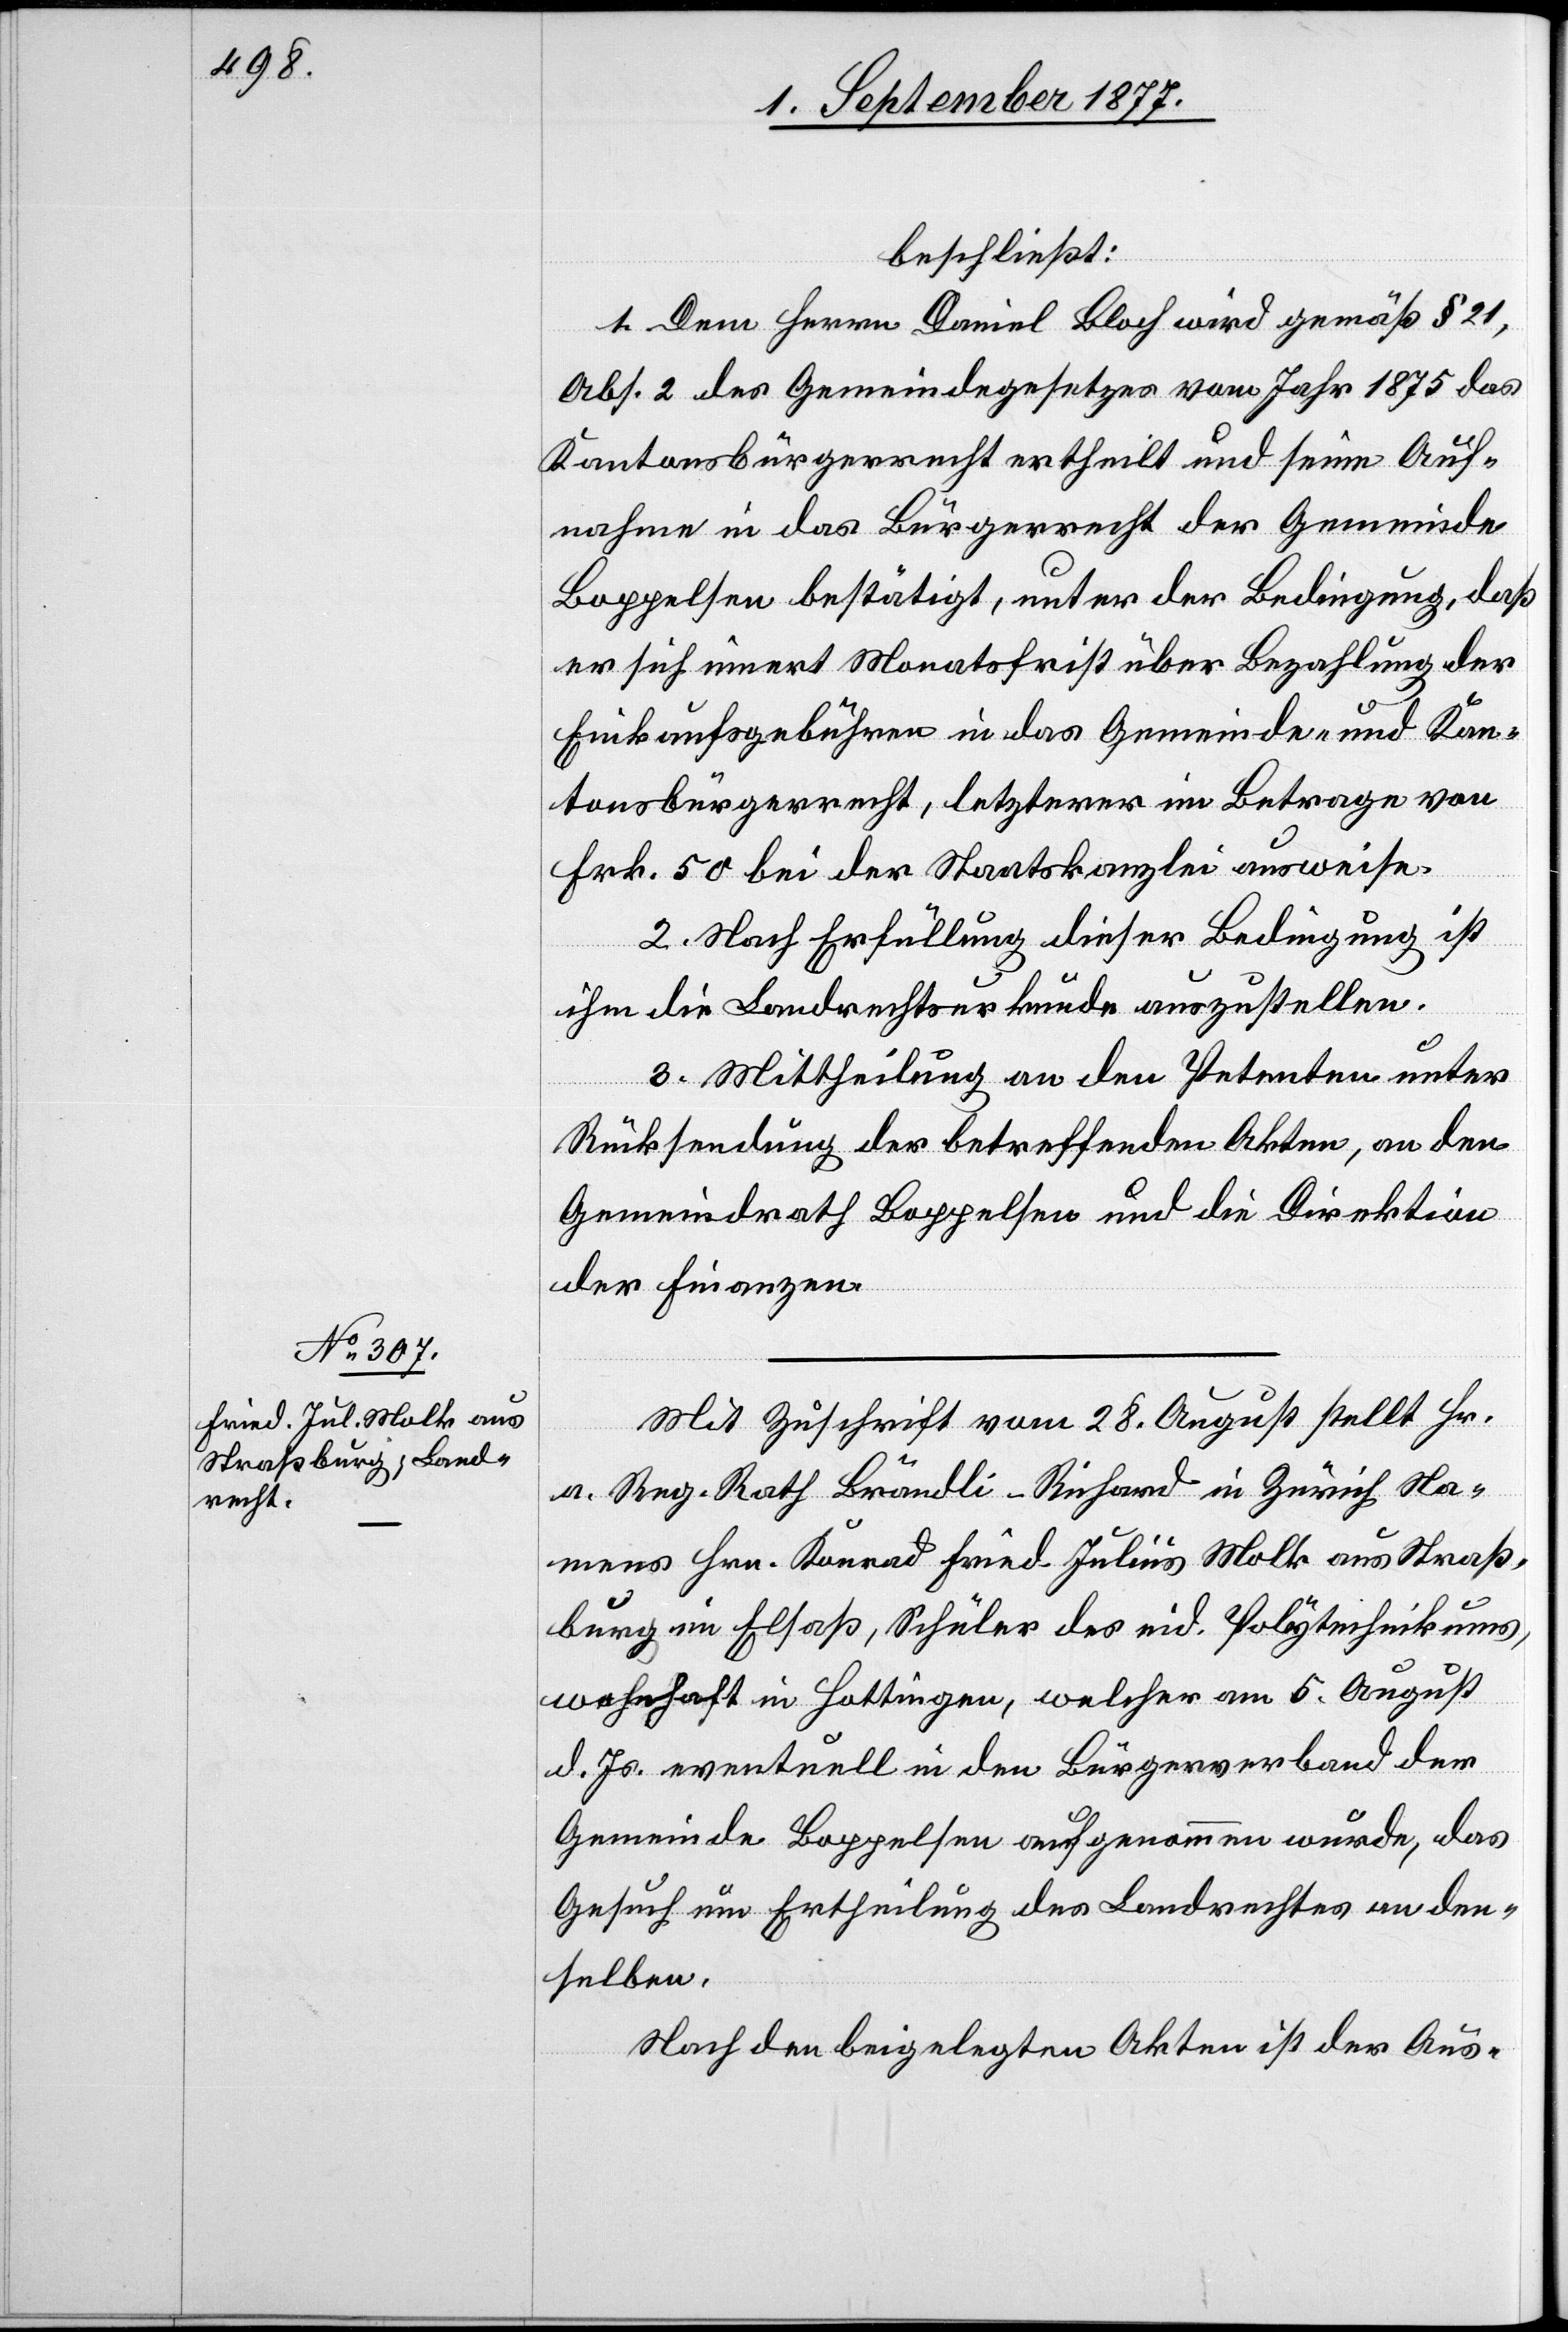
beschließt:
1. Dem Herrn Daniel Bloch wird gemäß § 21,
Abs. 2 des Gemeindegesetzes vom Jahr 1875 das
Kantonsbürgerrecht ertheilt und seine Auf¬
nahme in das Bürgerrecht der Gemeinde
Boppelsen bestätigt, unter der Bedingung, daß
er sich innert Monatsfrist über Bezahlung der
Einkaufsgebühren in das Gemeinde- und Kan¬
tonsbürgerrecht, letzterer im Betrage von
Frk. 50 bei der Staatskanzlei ausweise.
2. Nach Erfüllung dieser Bedingung ist
ihm die Landrechtsurkunde auszustellen.
3. Mittheilung an den Petenten unter
Rücksendung der betreffenden Akten, an den
Gemeindrath Boppelsen und die Direktion
der Finanzen.
Mit Zuschrift vom 28. August stellt Hr.
a. Reg. Rath Brändli-Richard in Zürich Na¬
mens Hrn. Konrad Fried. Julius Molk aus Straß¬
burg im Elsaß, Schüler des eid. Polytechnikums,
wohnhaft in Hottingen, welcher am 5. August
d. Js. eventuell in den Bürgerverband der
Gemeinde Boppelsen aufgenommen wurde, das
Gesuch um Ertheilung des Landrechtes an den¬
selben.
Nach den beigelegten Akten ist der Aus-